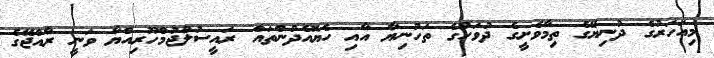
މިއަހަރުގެ ދުނިޔޭގެ ތިމާވެށީގެ ދުވަހުގެ ތަހުނިޔާ އާއި ހެޔޮއެދުންތައް ރައީސުލްޖުމްހޫރިއްޔާ ވަނީ ރާއްޖޭގެ